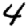
Digit: 4